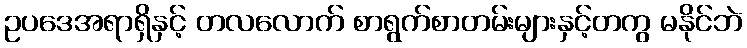
ဥပဒေအရာရှိနှင့် တလလောက် စာရွက်စာတမ်းများနှင့်တကွ မနိုင်ဘဲ